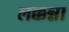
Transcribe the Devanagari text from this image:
लक्कन्ना